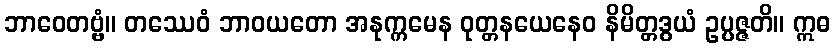
ဘာဝေတဗ္ဗံ။ တဿေဝံ ဘာဝယတော အနုက္ကမေန ဝုတ္တနယေနေဝ နိမိတ္တဒွယံ ဥပ္ပဇ္ဇတိ။ ဣဓ